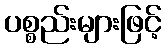
ပစ္စည်းများဖြင့်